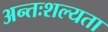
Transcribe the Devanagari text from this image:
अन्तःशल्यता